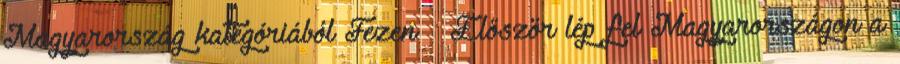
Magyarország kategóriából Fezen – Először lép fel Magyarországon a